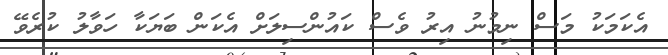
އެކަމަކު މަސް ނިމުނު އިރު ވެސް ކައުންސިލަށް އެކަން ބަޔަކާ ހަވާލު ކުރެވޭ